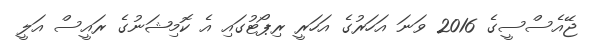
ޖޭއެސްސީގެ 2016 ވަނަ އަހަރުގެ އަހަރީ ރިޕޯޓުގައި އެ ކޮމިޝަނުގެ ރައީސް އަލީ